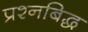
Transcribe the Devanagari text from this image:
प्रश्नबिद्ध